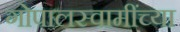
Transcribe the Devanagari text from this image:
गोपालस्वामींच्या